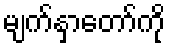
မျက်နှာတော်ကို